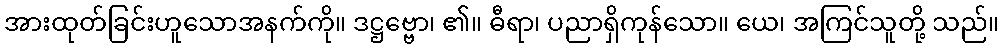
အားထုတ်ခြင်းဟူသောအနက်ကို။ ဒဋ္ဌဗ္ဗော၊ ၏။ ဓီရာ၊ ပညာရှိကုန်သော။ ယေ၊ အကြင်သူတို့ သည်။